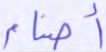
أصنام